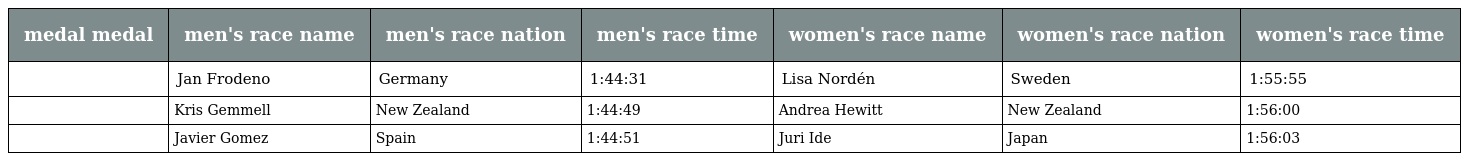
| medal medal | men's race name | men's race nation | men's race time | women's race name | women's race nation | women's race time |
 | --- | --- | --- | --- | --- | --- | --- |
 |  | Jan Frodeno | Germany | 1:44:31 | Lisa Nordén | Sweden | 1:55:55 |
 |  | Kris Gemmell | New Zealand | 1:44:49 | Andrea Hewitt | New Zealand | 1:56:00 |
 |  | Javier Gomez | Spain | 1:44:51 | Juri Ide | Japan | 1:56:03 |